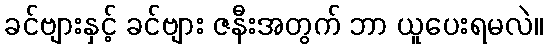
ခင်ဗျားနှင့် ခင်ဗျား ဇနီးအတွက် ဘာ ယူပေးရမလဲ။